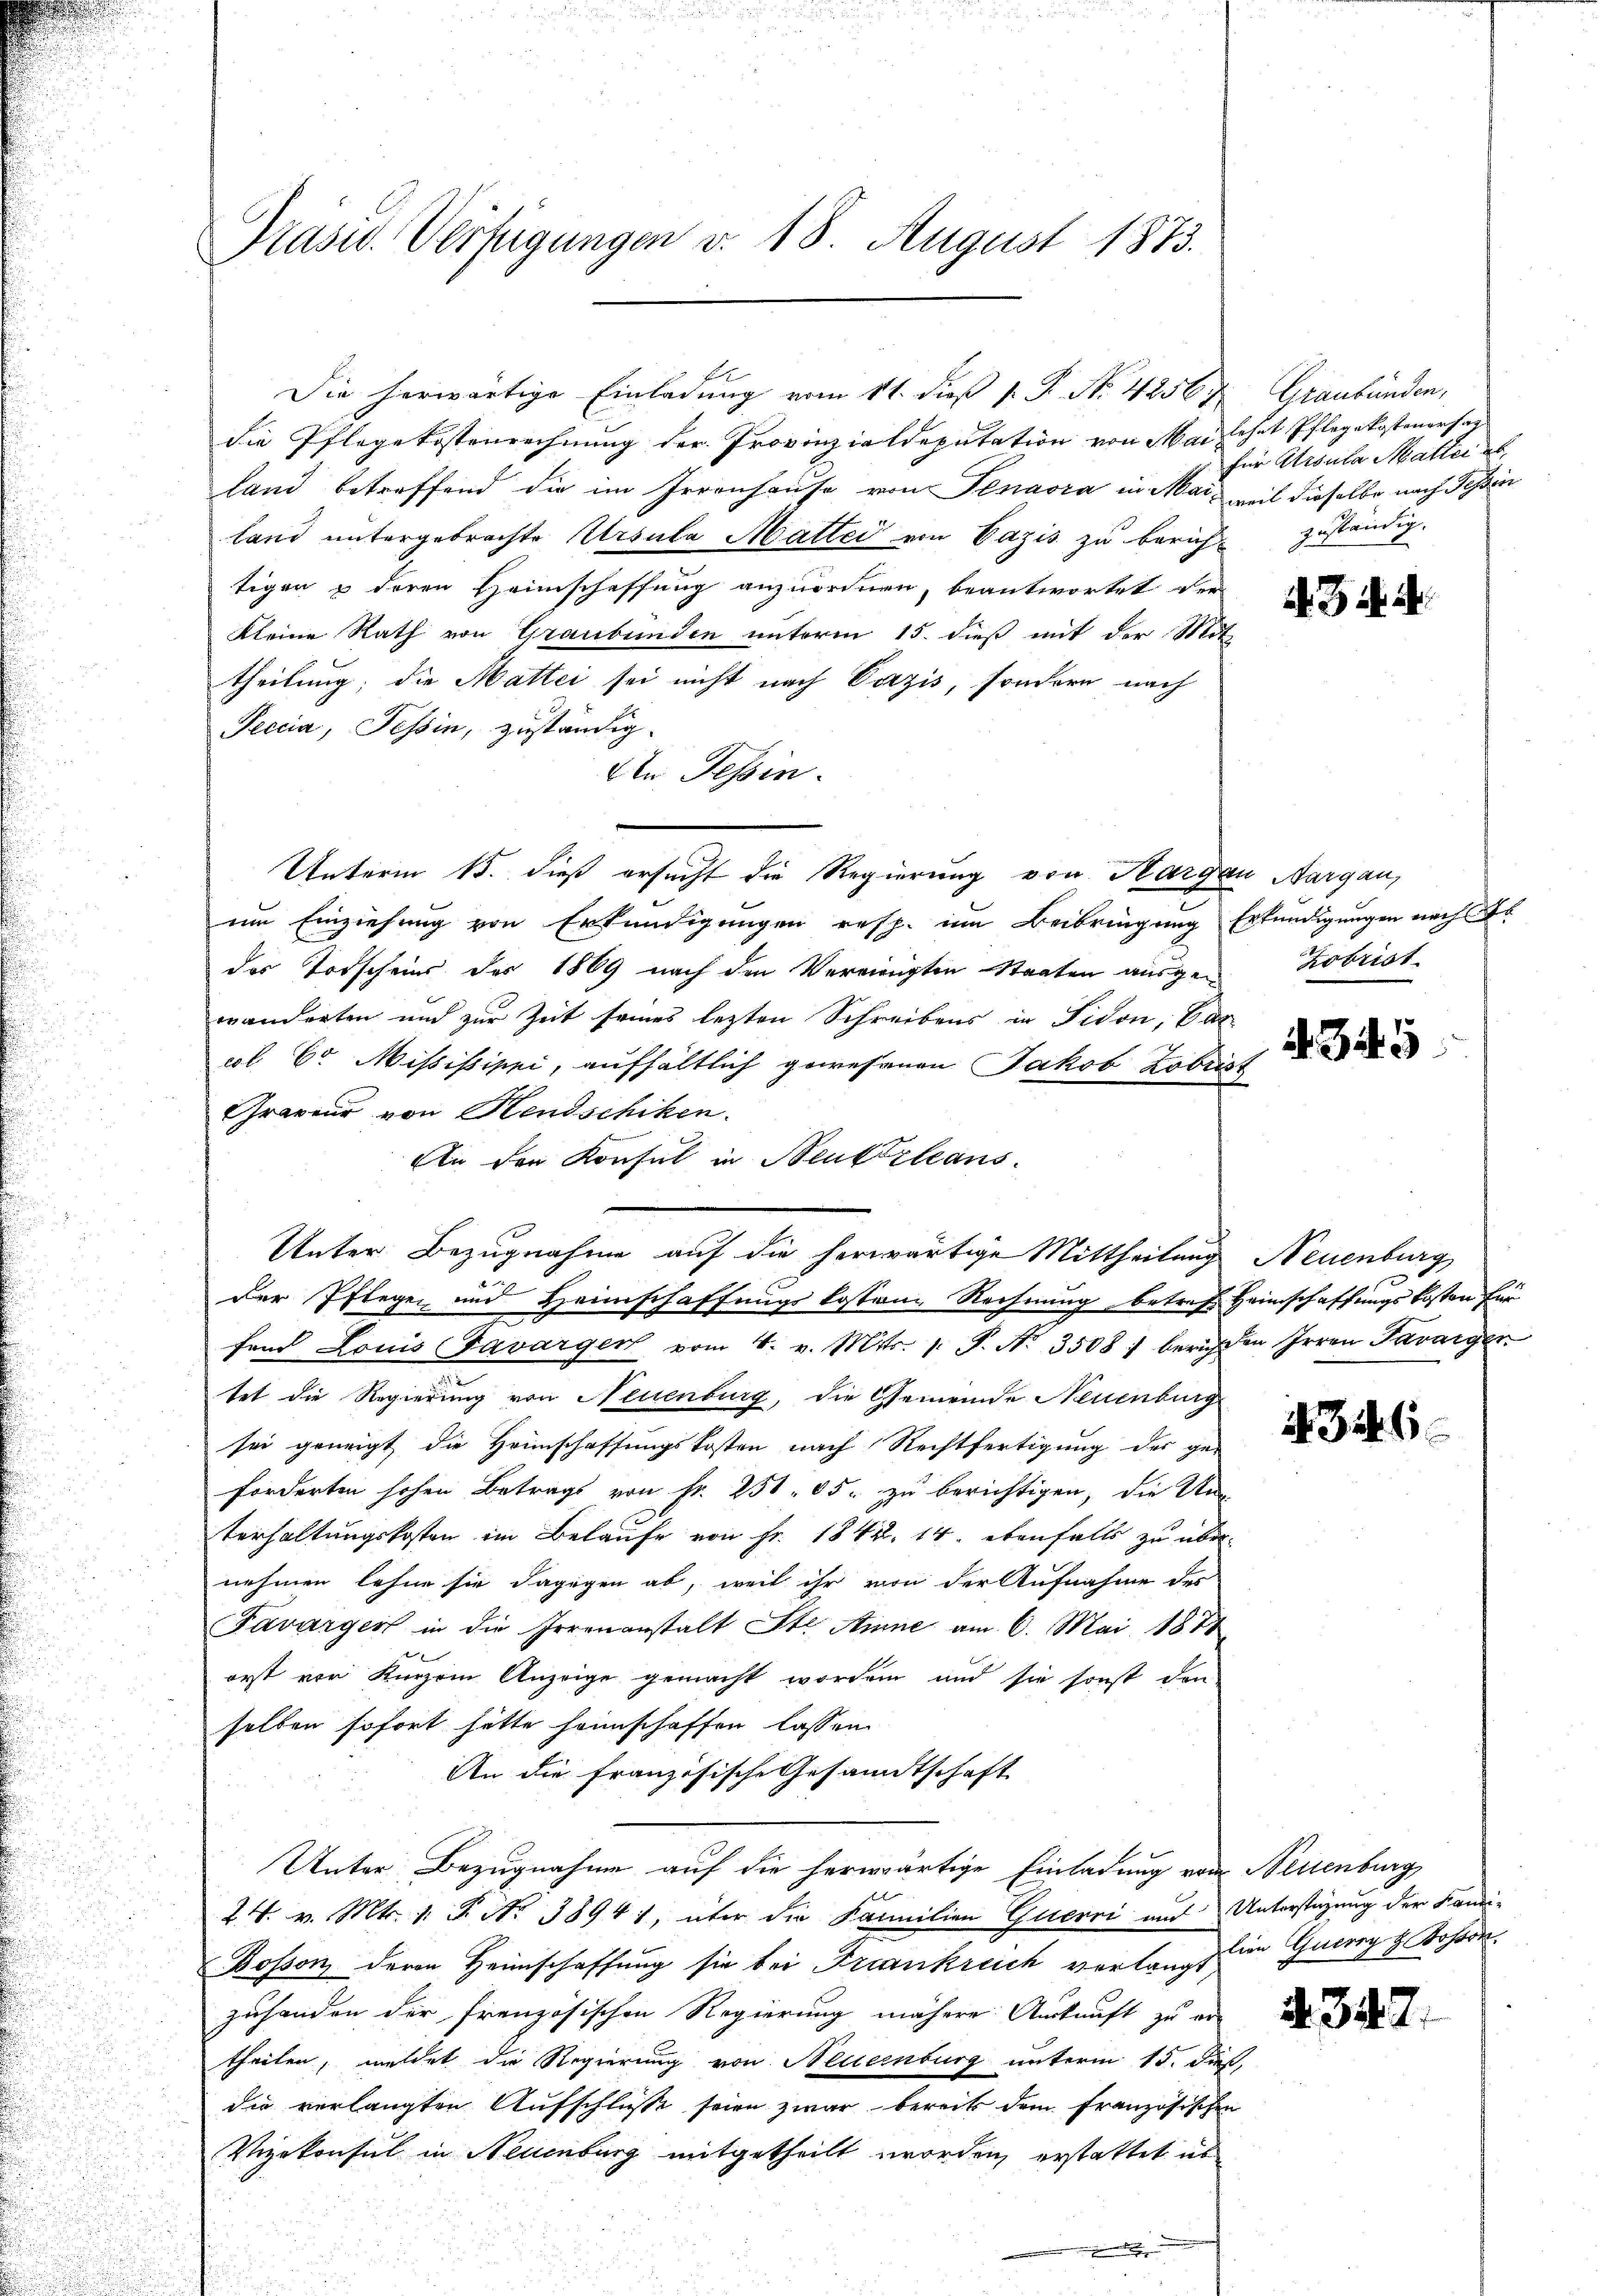
Präsid. Verfügungen v. 18. August 1873.

Die herwärtige Einladung vom 11. dieß P. P. Nr. 42567. Graubünden,
die Pflegekostenrechnung der Provinzialdeputation von Mai lehnt Pflegekostenersag
land betreffend die im Irrenhause von Penaora in Mar, weil dieselbe nach Tessin
land untergebrachte Ursula Mattei von Cazis zu bericht zuständig.
tigen & deren Heimschaffung anzuordnen, beantwortet der
kleine Rath von Graubünden unterm 15. dieß mit der Mitt
theilung; die Mattei sei nicht nach Carzis, sondern nach
Seccia, Tessin, zuständig.
Den Tessin.
Unterm 15. dieß ersucht die Regierung von Aargau, Aargau,
um Einziehung von Erkundigungen resp. im Beibringung Erkundigungen nach Ar
das Todscheins des 1869 nach den Vereinigten Staaten ausgewanderten und zur Zeit seines letzten Schreibens in Fidon; Bas
pl 6 Mississippi, aufhältlich gewesenen Jakob Kobrist
Graveur von Hendschiken.
An der Konsul in Beuttzleans
Unter Bezugnahme auf die herwärtige Mittheilung Neuenburg
der Pflegen und Heimschaffungskosten Rechnung betref Heimschaffungskosten für
fend Louis Favarger vom 4. v. Mts. 1. P. Nr. 3508 : berichten Irren Pararger
tet die Regierung von Neuenburg, die Gemeinde Neuenburg
sei geneigt die Heimschaffungskosten nach Rechtfertigung der ge-
forderten hohen Betrags von Fr. 250. 65. zu berichtigen, die Un-
terhaltungskosten im Belaufe von Fr. 1842, 14, ebenfalls zu übernehmen lehne sie dagegen ab, weil ihr von der Aufnahme des
Favargen in die Irrenanstalt Ste Amne am 6. Mai 1874
orst vor Kurzem Anzeige gemacht worden und sie sonst den
selben sofort hätte heimschaffen lassen.
An die französische Gesandtschaft
Unter Bezugnahme auf die herwärtige Einladung von Neuenburg
24. v. Mts. 1. P. No 38941, über die Familien Güterri und Unterstützung der Kandi-
Bosson deren Heimschaffung sie bei Frankreich verlangt im Georg z. Kohöre.
zuhanden der französischen Regierung nähere Auskunft zu er-
theilen, meldet die Regierung von Neuernburg unterm 15. dieß,
die verlangten Aufschlusse seien zwar bereits dem französischen
Vizekonsul in Neuenburg mitgetheilt worden, erstattet un

für Ursula Matter ab

43.

Hobrist

.345

434. 6

A.347